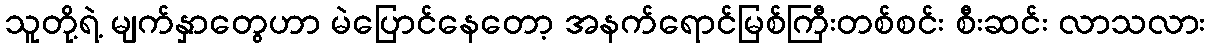
သူတို့ရဲ့ မျက်နှာတွေဟာ မဲပြောင်နေတော့ အနက်ရောင်မြစ်ကြီးတစ်စင်း စီးဆင်း လာသလား